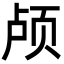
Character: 颅